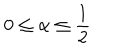
LaTeX: 0 \leq \alpha \leq \frac { 1 } { 2 }